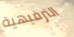
الترفيهية